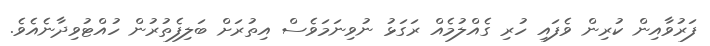
ފަރުވާއިން ކުރިން ވެފައި ހުރި ގެއްލުމެއް ރަގަޅު ނުވިނަމަވެސް އިތުރަށް ބަލިފެތުރުން ހުއްޓުވިދާނެއެވެ.